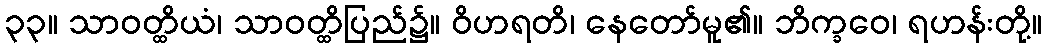
၃၃။ သာဝတ္ထိယံ၊ သာဝတ္ထိပြည်၌။ ဝိဟရတိ၊ နေတော်မူ၏။ ဘိက္ခဝေ၊ ရဟန်းတို့။